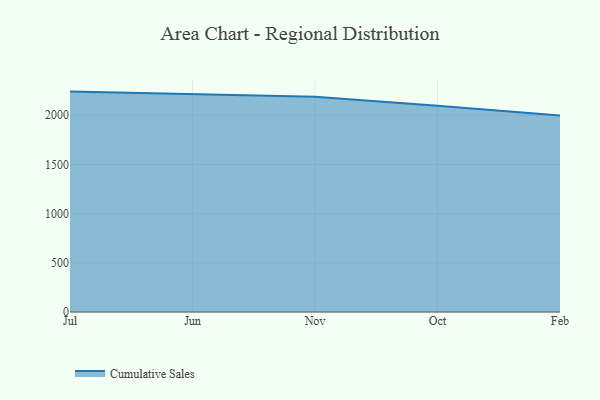
{"axis": {"x": "Month", "y": "Inventory Turnover"}, "legend": ["Cumulative Sales"], "data": [{"x": "Jul", "y": 2240.9, "type": "Cumulative Sales"}, {"x": "Jun", "y": 2212.9, "type": "Cumulative Sales"}, {"x": "Nov", "y": 2189.5, "type": "Cumulative Sales"}, {"x": "Oct", "y": 2097.7, "type": "Cumulative Sales"}, {"x": "Feb", "y": 1997.5, "type": "Cumulative Sales"}]}